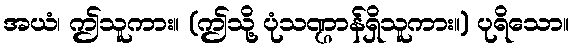
အယံ၊ ဤသူကား။ (ဤသို့ ပုံသဏ္ဌာန်ရှိသူကား။) ပုရိသော။